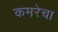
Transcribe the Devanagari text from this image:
कमरेचा